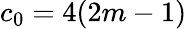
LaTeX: c_{0}=4(2m-1)